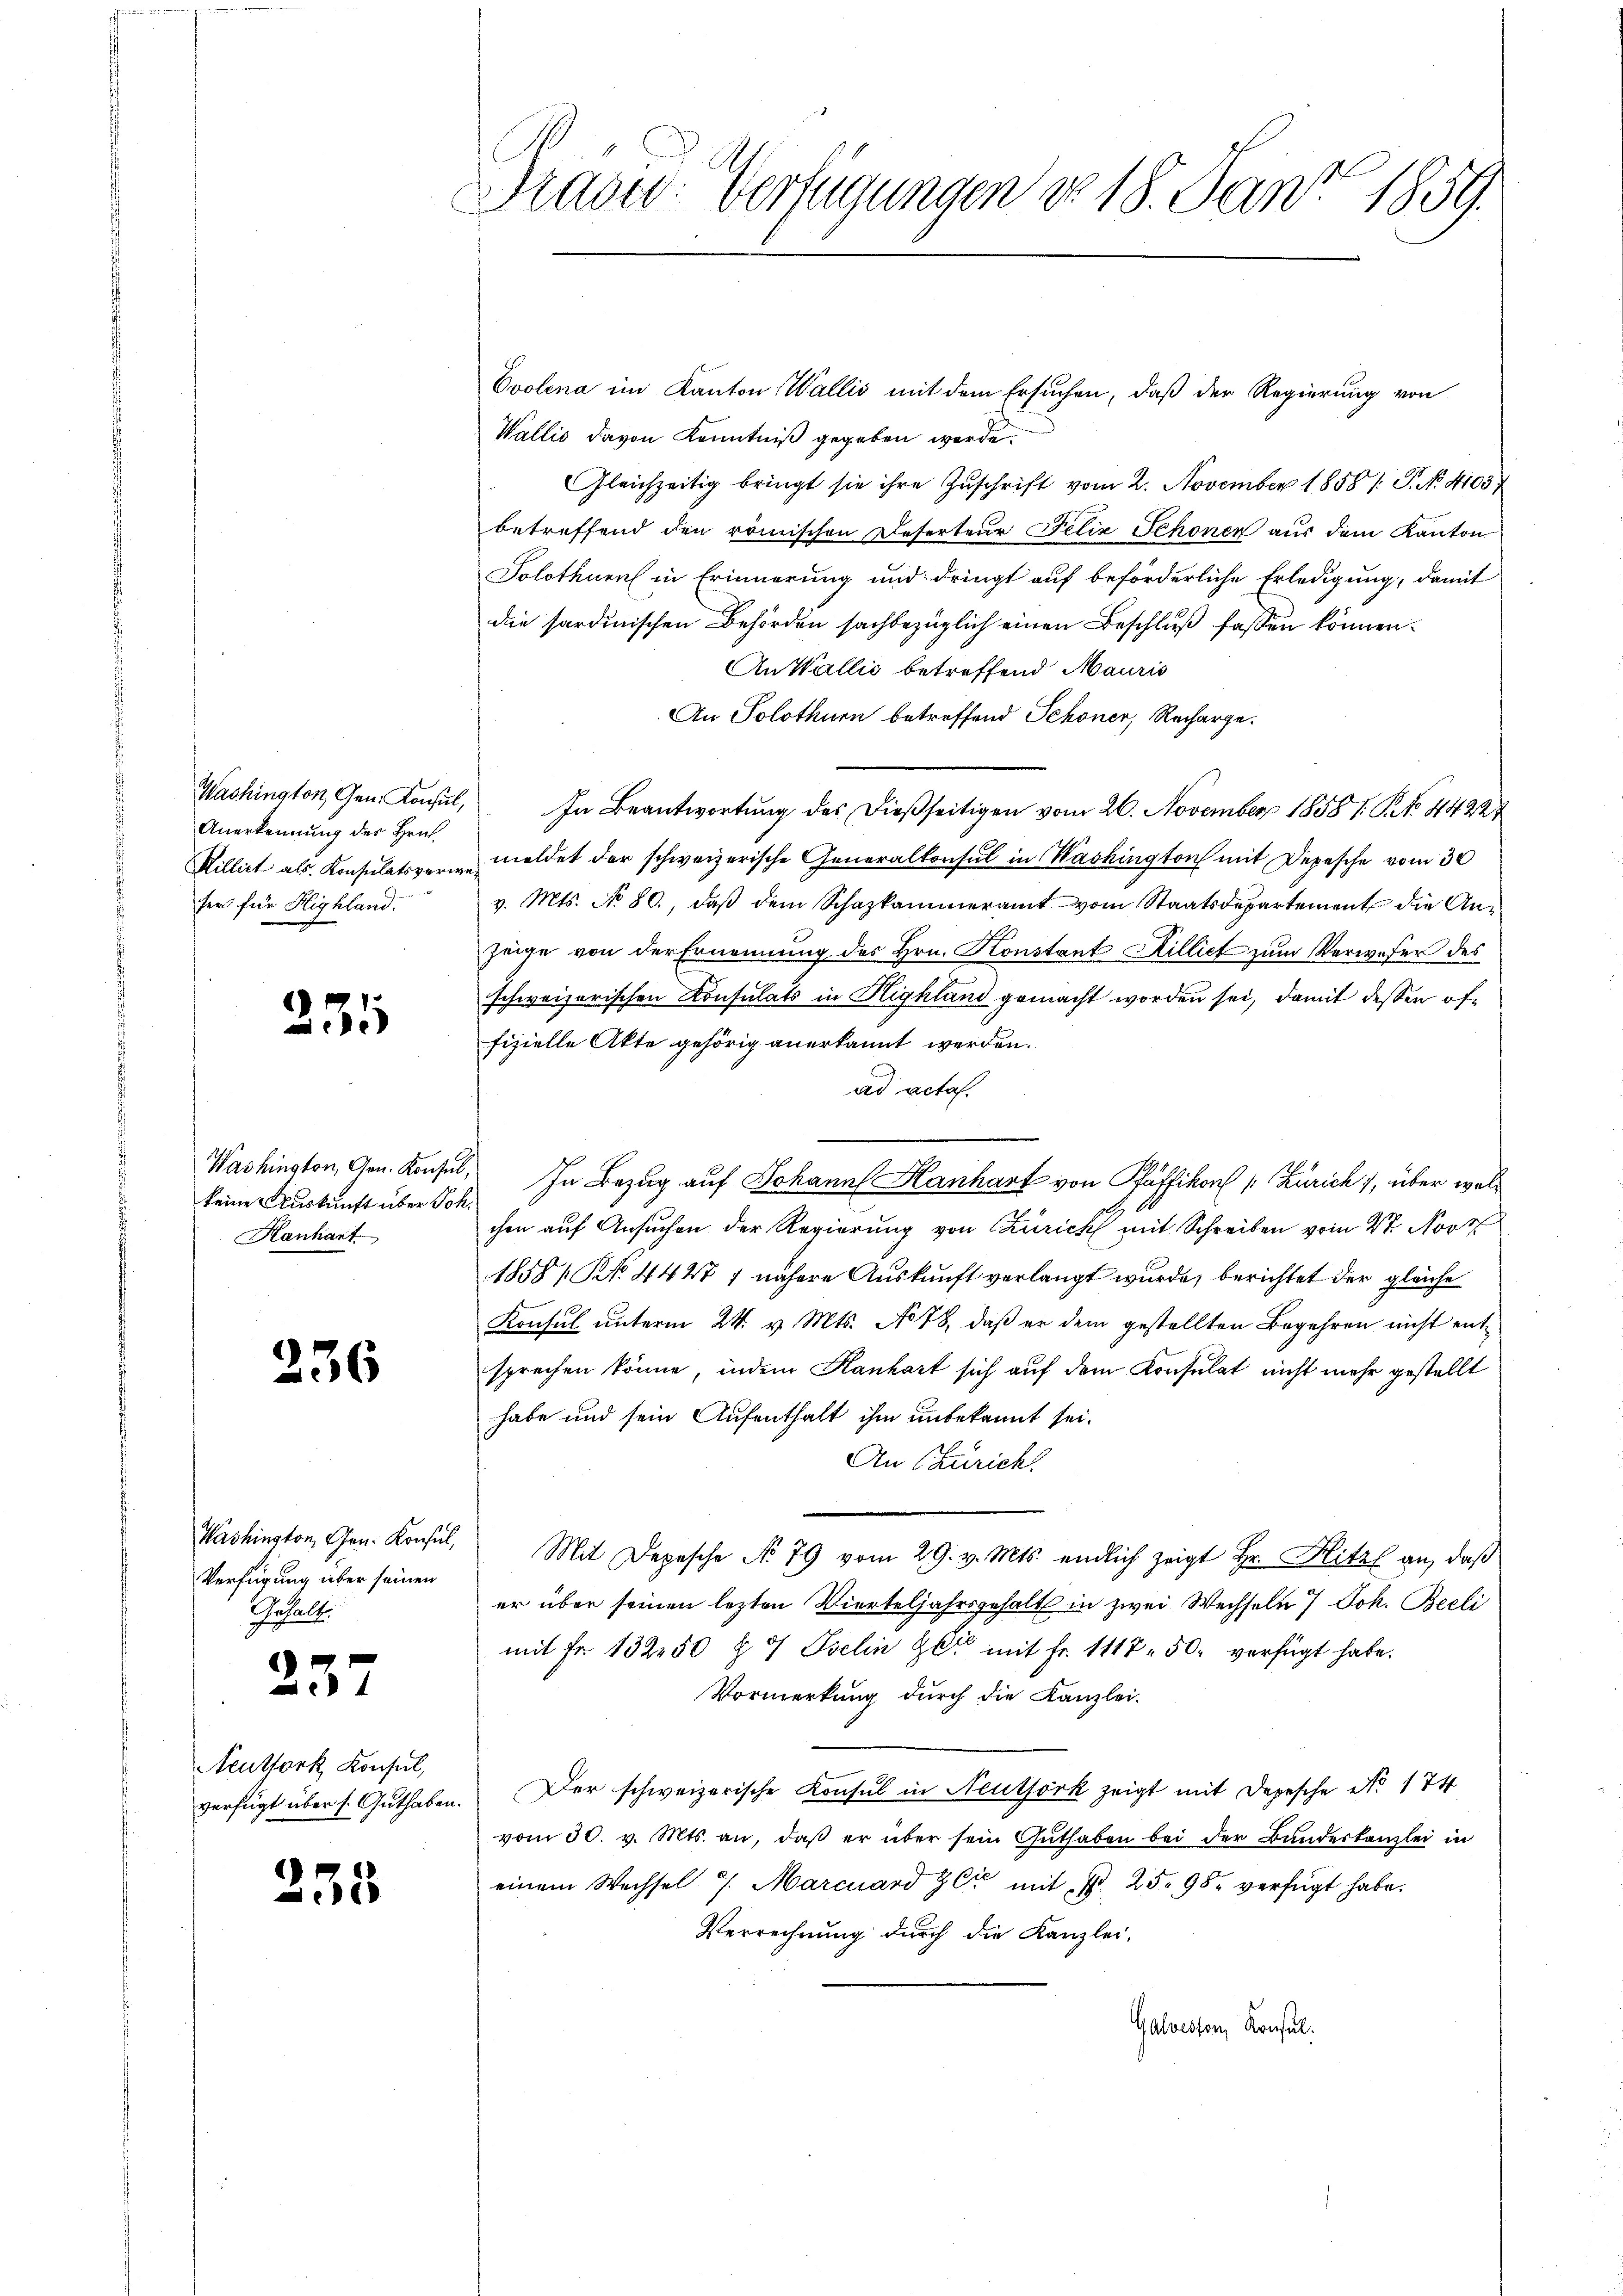
Washington, Gen. Konsul,
Anerkennung des Hrn.
Rillirt als Konsulatsverweher für Highland.

235

Washington, Gen. Konsul
keine Auskunft über Joh.
Kanhart

236

Washington, Gen. Konsul,
Verfügung über seinen
Inhalt.

237

Aeutfork Konsul,
verfügt über s. Guthaben

235

Draser Verfügungen do 18. Janr. 1859.

Evolena im Kanton Wallis mit dem Ersuchen, daß der Regierung von
Wallis davon Kenntniß gegeben werde
Gleichzeitig bringt sie ihre Zŭschrift vom 2. November 1858 / P. N. 41037
betreffend den römischen Deserteur Felix Schönen aus dem Kanton
Solothurn in Erinnerung und dringt auf beförderliche Erledigung, damit
die sardinischen Behörden sachbezüglich einen Beschluß fassen können.
An Wallis betreffend Mauris
An Solothurn betreffend Schöner, Recharge.
In Beantwortung des dießseitigen vom 26. November 1858 V. P. No. 44224
meldet der schweizerische Generalkonsul in Washington mit Depesche vom 30
v. Mts. No 80, daß dem Schazkammeramt vom Staatsdepartement die Anzeige von der Ernennung des Hrn. Honstant Killiet zum Verweser des
schweizerischen Konsulats in Highland gemacht worden sei, damit dessen öffizielle Akte gehörig anerkannt werden.
ad acta.
chen auf Ansuchen der Regierung von Zürich mit Schreiben vom 4ten Nove
1858/ NNo. 4427 7 nähere Auskunft verlangt wurde, berichtet der gleiche
Konsul unterm 24. v. Mts. No 78, daß er dem gestellten Begehren nicht entsprechen könne, indem Hanhart sich auf dem Konsulat nicht mehr gestellt
habe und sein Aufenthalt ihm unbekannt sei.
An Zürich.
Mit Depesche No 79 vom 29. v. Mts. endlich zeigt Hr. Hitzl an, daß
er über seinen lezten Vierteljahrsgehalt in zwei Wechselte 7 Joh. Beeli
mit Fr. 132250 f 9 Iselin hat mit Fr. 1117. 50. verfügt habe.
Vormerkung durch die Kanzlei-
Der schweizerische Konsul in Neuthörk zeigt mit Depesche No. 174
vom 30. v. Mts. an, daß er über sein Guthaben bei der Bundeskanzlei in
einem Wechsel 7. Marcuard Z Cr mit Fr. 25. 98 verfügt habe.
Verrechnung durch die Kanzlei-
Galverson, Konsul

In Bezug auf Johann Hanhart von Pfäffikon (: Zürich), über wol¬